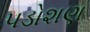
પડોશણ